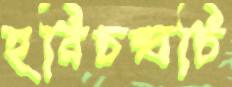
হরিচন্দ্রচি